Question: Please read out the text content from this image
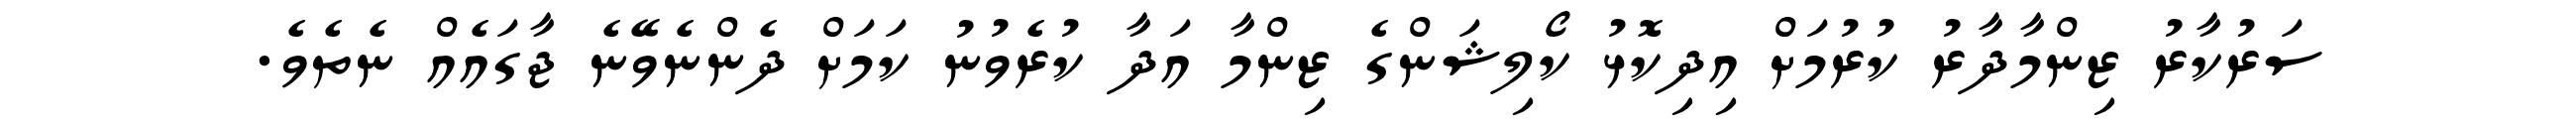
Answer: ސަރުކާރު ޒިންމާދާރު ކުރުމަށް އިދިކޮޅު ކޯލިޝަންގެ ޒިންމާ އަދާ ކުރެވުނު ކަމަށް ދެންނެވޭނެ ޖާގައެއް ނެތެވެ.